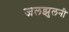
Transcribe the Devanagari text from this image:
जलझुलनी